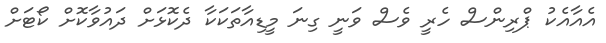
އެއާއެކު ޕްރިންސް ހެރީ ވެސް ވަނީ ގިނަ މީޑިއާތަކަކާ ދެކޮޅަށް ދައުވާކޮށް ކޯޓަށް